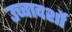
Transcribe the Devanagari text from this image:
उच्चादर्शो